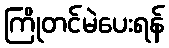
ကြိုတင်မဲပေးရန်